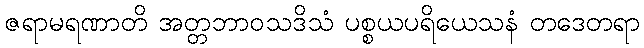
ဇရာမရဏာတိ အတ္တဘာဝသဒိသံ ပစ္စယပရိယေသနံ တဒေတရာ